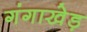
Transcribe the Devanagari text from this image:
गंगाखेड़